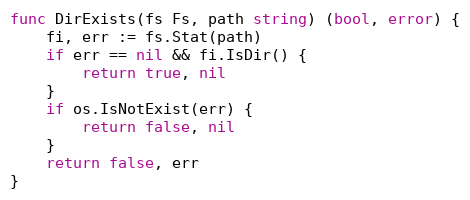
Language: Go
func DirExists(fs Fs, path string) (bool, error) {
	fi, err := fs.Stat(path)
	if err == nil && fi.IsDir() {
		return true, nil
	}
	if os.IsNotExist(err) {
		return false, nil
	}
	return false, err
}